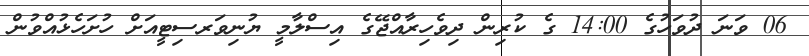
06 ވަނަ ދުވަހުގެ 14:00 ގެ ކުރިން ދިވެހިރާއްޖޭގެ އިސްލާމީ ޔުނިވަރސިޓީއަށް ހުށަހެޅުއްވުން